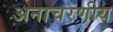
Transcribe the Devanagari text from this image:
अनाचरणीय